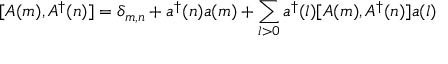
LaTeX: [ A ( m ) , A ^ { \dag } ( n ) ] = \delta _ { m , n } + a ^ { \dag } ( n ) a ( m ) + \sum _ { l > 0 } a ^ { \dag } ( l ) [ A ( m ) , A ^ { \dag } ( n ) ] a ( l )